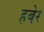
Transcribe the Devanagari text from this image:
हबेर